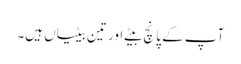
آپ کے پانچ بیٹے اور تین بیٹیاں ہیں۔